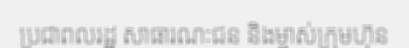
ប្រជាពលរដ្ឋ សាធារណៈជន និងម្ចាស់ក្រុមហ៊ុន